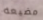
مضيعه